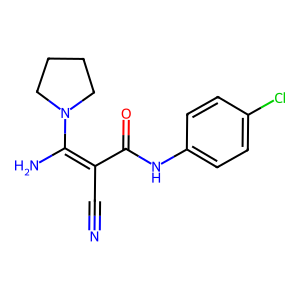
SMILES: N#CC(C(=O)Nc1ccc(Cl)cc1)=C(N)N1CCCC1
Inhibits HIV replication: No